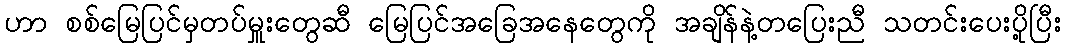
ဟာ စစ်မြေပြင်မှတပ်မှူးတွေဆီ မြေပြင်အခြေအနေတွေကို အချိန်နဲ့တပြေးညီ သတင်းပေးပို့ပြီး